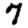
Digit: 7